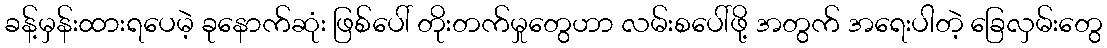
ခန့်မှန်းထားရပေမဲ့ ခုနောက်ဆုံး ဖြစ်ပေါ် တိုးတက်မှုတွေဟာ လမ်းစပေါ်ဖို့ အတွက် အရေးပါတဲ့ ခြေလှမ်းတွေ